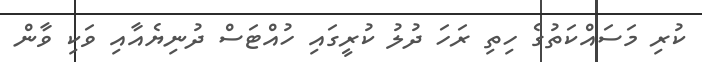
ކުރި މަސައްކަތުގެ ހިތި ރަަހަ ދުލު ކުރީގައި ހުއްޓަސް ދުނިޔެއާއި ވަކި ވާން